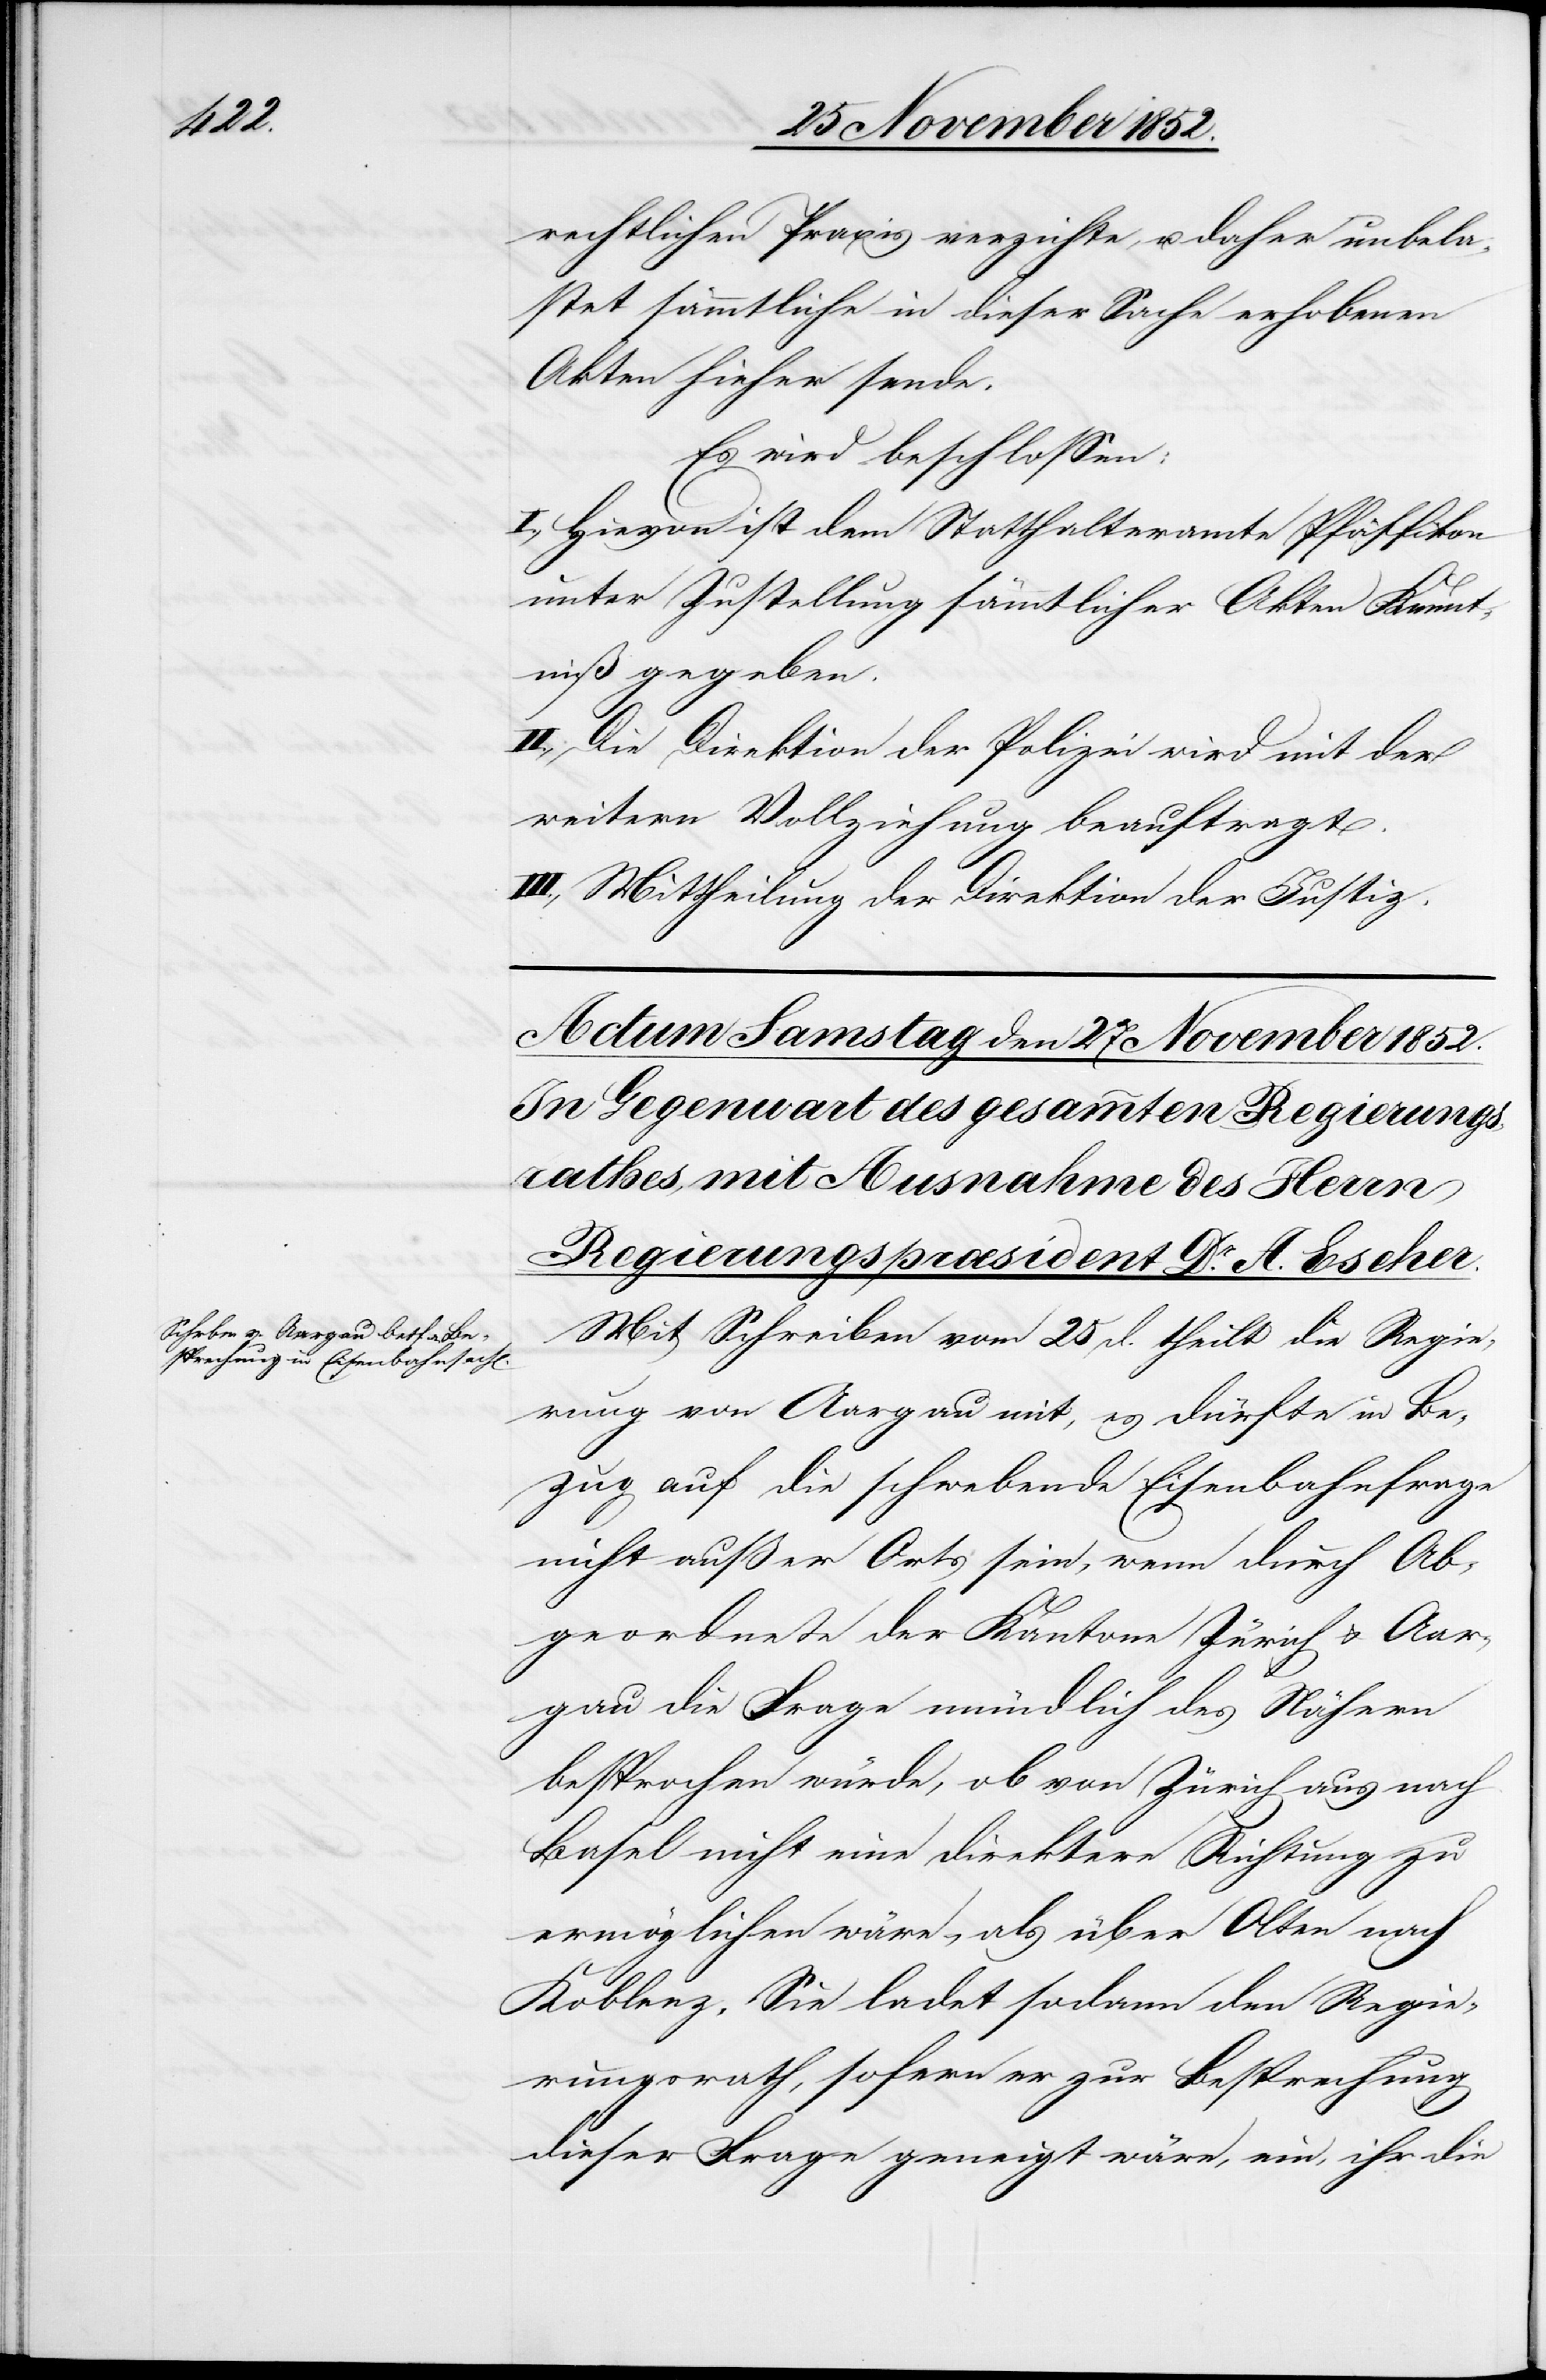
rechtlichen Praxis verzichte, u. daher unbela¬
stet sämmtliche in dieser Sache erhobenen
Akten hieher sende.
Es wird beschlossen:
I., Hievon ist dem Statthalteramte Pfäffikon
unter Zustellung sämmtlicher Akten Kennt¬
niß gegeben.
II., Die Direktion der Polizei wird mit der
weitern Vollziehung beauftragt.
III., Mittheilung der Direktion der Justiz.
Mit Schreiben vom 25 d. theilt die Regie¬
rung von Aargau mit, es dürfte in Be¬
zug auf die schwebende Eisenbahnfrage
nicht außer Orts sein, wenn durch Ab¬
geordnete der Kantone Zürich & Aar¬
gau die Frage mündlich des Nähern
besprochen würde, ob von Zürich aus nach
Basel nicht eine direktere Richtung zu
ermöglichen wäre, als über Olten nach
Koblenz. Sie ladet sodann den Regie¬
rungsrath, sofern er zur Besprechung
dieser Frage geneigt wäre, ein, ihr die